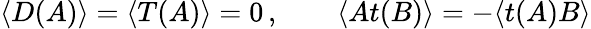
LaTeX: \langle D(A)\rangle=\langle T(A)\rangle=0\, ,\qquad\langle At(B)\rangle=-\langle t(A)B\rangle